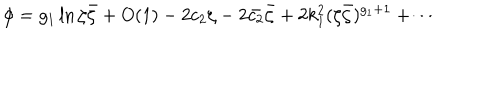
\phi = g _ { 1 } \ln \zeta \bar { \zeta } + O ( 1 ) - 2 c _ { 2 } \zeta - 2 \bar { c _ { 2 } } \bar { \zeta } + 2 k _ { 1 } ^ { 2 } ( \zeta \bar { \zeta } ) ^ { g _ { 1 } + 1 } + \cdots